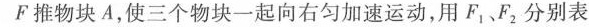
F推物块A，使三个物块一起向右匀加速运动，用F_{1}、F_{2}分别表